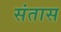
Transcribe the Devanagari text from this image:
संतास